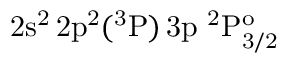
\mathrm { 2 s ^ { 2 } \, 2 p ^ { 2 } ( ^ { 3 } P ) \, 3 p ~ ^ { 2 } P _ { 3 / 2 } ^ { o } }